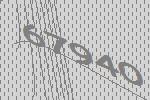
67940